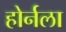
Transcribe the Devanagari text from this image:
होर्नला